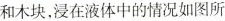
和木块，浸在液体中的情况如图所